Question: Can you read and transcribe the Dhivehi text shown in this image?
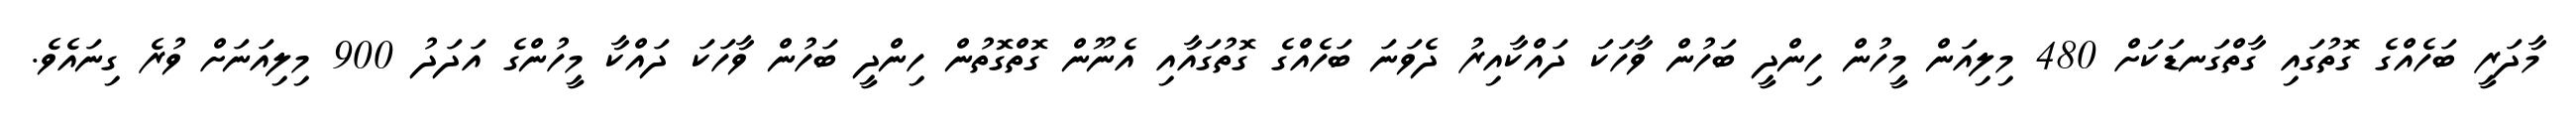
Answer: މާދަރީ ބަހެއްގެ ގޮތުގައި ގާތްގަނޑަކަށް 480 މިލިއަން މީހުން ހިންދީ ބަހުން ވާހަކަ ދައްކާއިރު ދެވަނަ ބަހެއްގެ ގޮތުގައާއި އެނޫން ގޮތްގޮތުން ހިންދީ ބަހުން ވާހަކަ ދައްކާ މީހުންގެ އަދަދު 900 މިލިއަނަށް ވުރެ ގިނައެވެ.